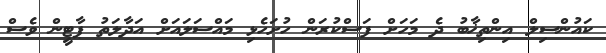
ކައުންސިލް އިންތިޚާބު ދެ މަހަށް ފަސްކުރަން ހުށަހެޅި މައްސަލައަށް އަދާލަތު ޕާޓީން ވެސް